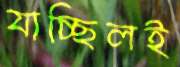
যাচ্ছিলই